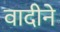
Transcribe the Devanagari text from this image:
वादीने